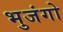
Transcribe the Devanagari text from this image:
भुजंगो